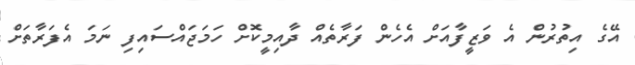
އޭގެ އިތުރުން އެ ވަޒީފާއަށް އެހެން ފަރާތެއް ދާއިމީކޮށް ހަމަޖައްސައިފި ނަމަ އެފަރާތަށް